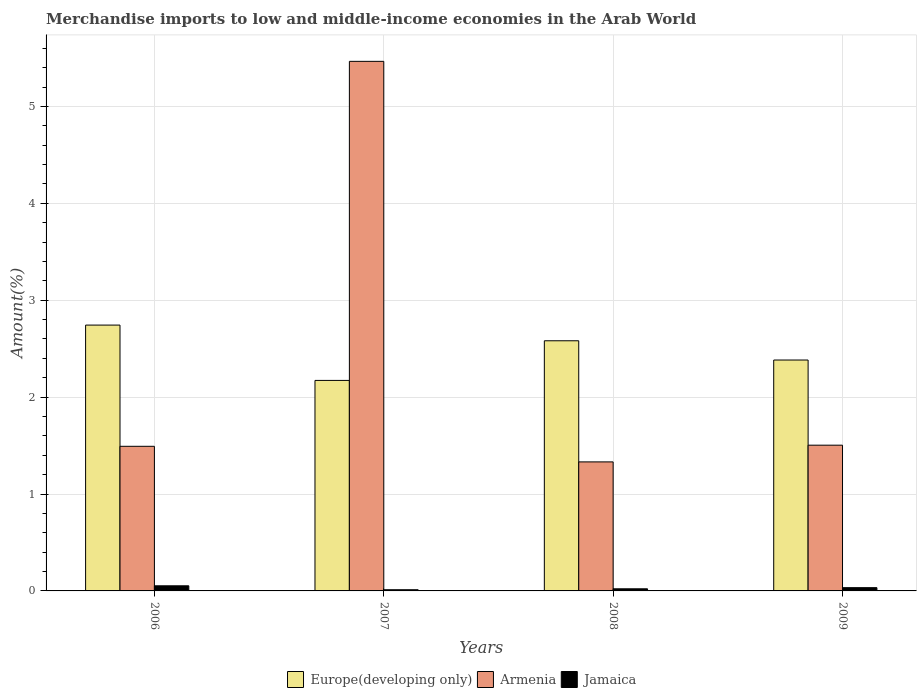
| Years | Europe(developing only) | Armenia | Jamaica |
 | --- | --- | --- | --- |
 | 2006 | 2.74 | 1.49 | 0.0529 |
 | 2007 | 2.17 | 5.47 | 0.0122 |
 | 2008 | 2.58 | 1.33 | 0.0218 |
 | 2009 | 2.38 | 1.5 | 0.0336 |